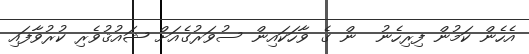
އެހެން ކަމުން ފިރިހެނު  ން ގެ ވާހަކައިން ސުވަރުގެއަށް ޝައުޤުވެރި ކުރުވާފައި